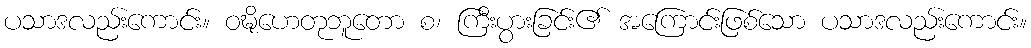
ပသာဒလည်းကောင်း။ ဝဍ္ဎိဟေတုဘူတော စ၊ ကြီးပွားခြင်း၏ အကြောင်းဖြစ်သော ပသာဒလည်းကောင်း။